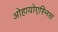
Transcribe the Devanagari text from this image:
ओहायोएस्निस